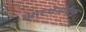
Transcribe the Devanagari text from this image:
आस्थेवाईक